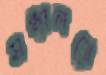
সন্ধ্যালগ্নে